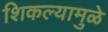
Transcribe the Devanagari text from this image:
शिकल्यामुळे